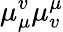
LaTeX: \mu_{\mu}^{v}\mu_{v}^{\mu}